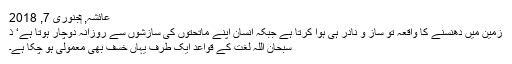
عائشہ, ‏جنوری 7, 2018
زمین میں دھنسنے کا واقعہ تو ساز و نادر ہی ہوا کرتا ہے جبکہ انسان اپنے ماتحتوں کی سازشوں سے روزانہ دوچار ہوتا ہے‘ ذ
سبحان اللہ لغت کے قواعد ایک طرف یہاں خسف بھی معمولی ہو چکا ہے۔